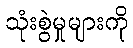
သုံးစွဲမှုများကို